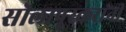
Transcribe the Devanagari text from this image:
सोलापूरकरांनी